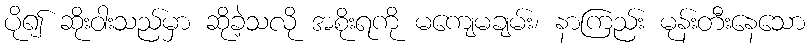
ပို၍ ဆိုးဝါးသည်မှာ ဆိုခဲ့သလို အစိုးရကို မကျေမချမ်း၊ နာကြည်း မုန်းတီးနေသော